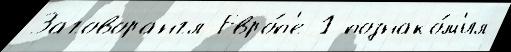
Заговорангл Евро́п'е 1 познако́м'ил